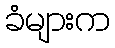
ခံများက